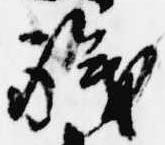
職